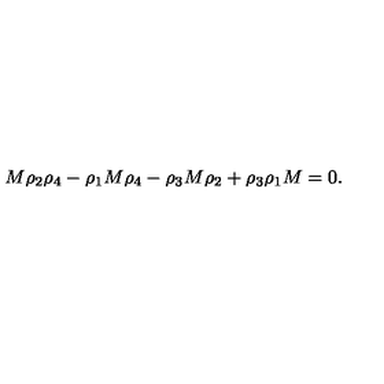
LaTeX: M \rho _ { 2 } \rho _ { 4 } - \rho _ { 1 } M \rho _ { 4 } - \rho _ { 3 } M \rho _ { 2 } + \rho _ { 3 } \rho _ { 1 } M = 0 .